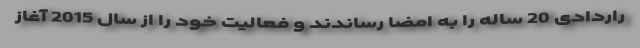
راردادی 20 ساله را به امضا رساندند و فعالیت خود را از سال 2015 آغاز